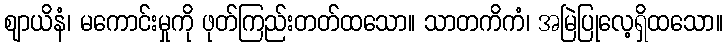
ဈာယိနံ၊ မကောင်းမှုကို ဖုတ်ကြည်းတတ်ထသော။ သာတကိကံ၊ အမြဲပြုလေ့ရှိထသော။